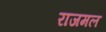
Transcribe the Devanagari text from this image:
राजमल